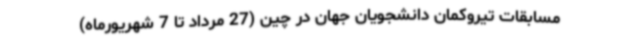
مسابقات تیروکمان دانشجویان جهان در چین (27 مرداد تا 7 شهریورماه)